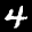
Label: 4